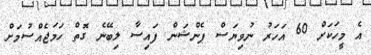
އެ މީހަކަށް 60 އަހަރު ނުވިޔަސް ޕެންޝަން ފައިސާ ލިބޭނެ ގޮތް ހަަމަޖެއްސުމަށް